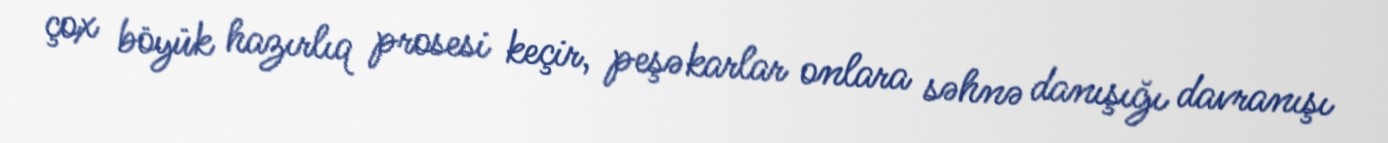
çox böyük hazırlıq prosesi keçir, peşəkarlar onlara səhnə danışığı davranışı